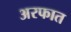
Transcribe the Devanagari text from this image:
अरफात